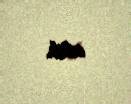
edib.